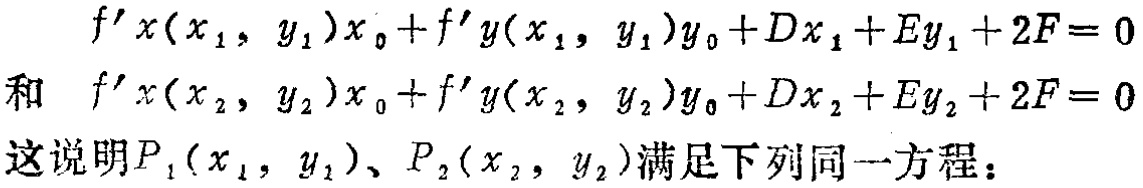
\[
\begin{align*}
&f'_x(x_1,y_1)x_0 + f'_y(x_1,y_1)y_0+Dx_1 + Ey_1+2F = 0\\
\text{和 }&f'_x(x_2,y_2)x_0 + f'_y(x_2,y_2)y_0+Dx_2 + Ey_2+2F = 0
\end{align*}
\]
这说明\(P_1(x_1,y_1)\)、\(P_2(x_2,y_2)\)满足下列同一方程：